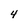
Character: 4